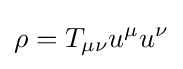
\rho =T_{\mu \nu }u^{\mu }u^{\nu }